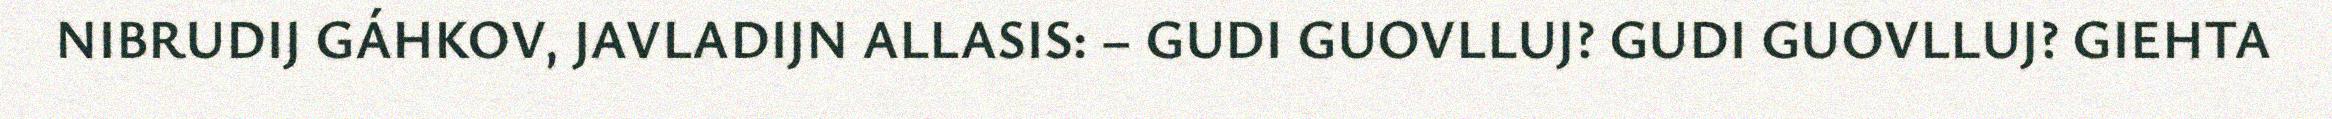
NIBRUDIJ GÁHKOV, JAVLADIJN ALLASIS: – GUDI GUOVLLUJ? GUDI GUOVLLUJ? GIEHTA